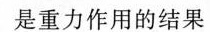
是重力作用的结果